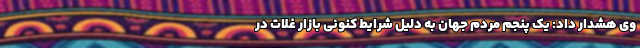
وی هشدار داد: یک پنجم مردم جهان به دلیل شرایط کنونی بازار غلات در